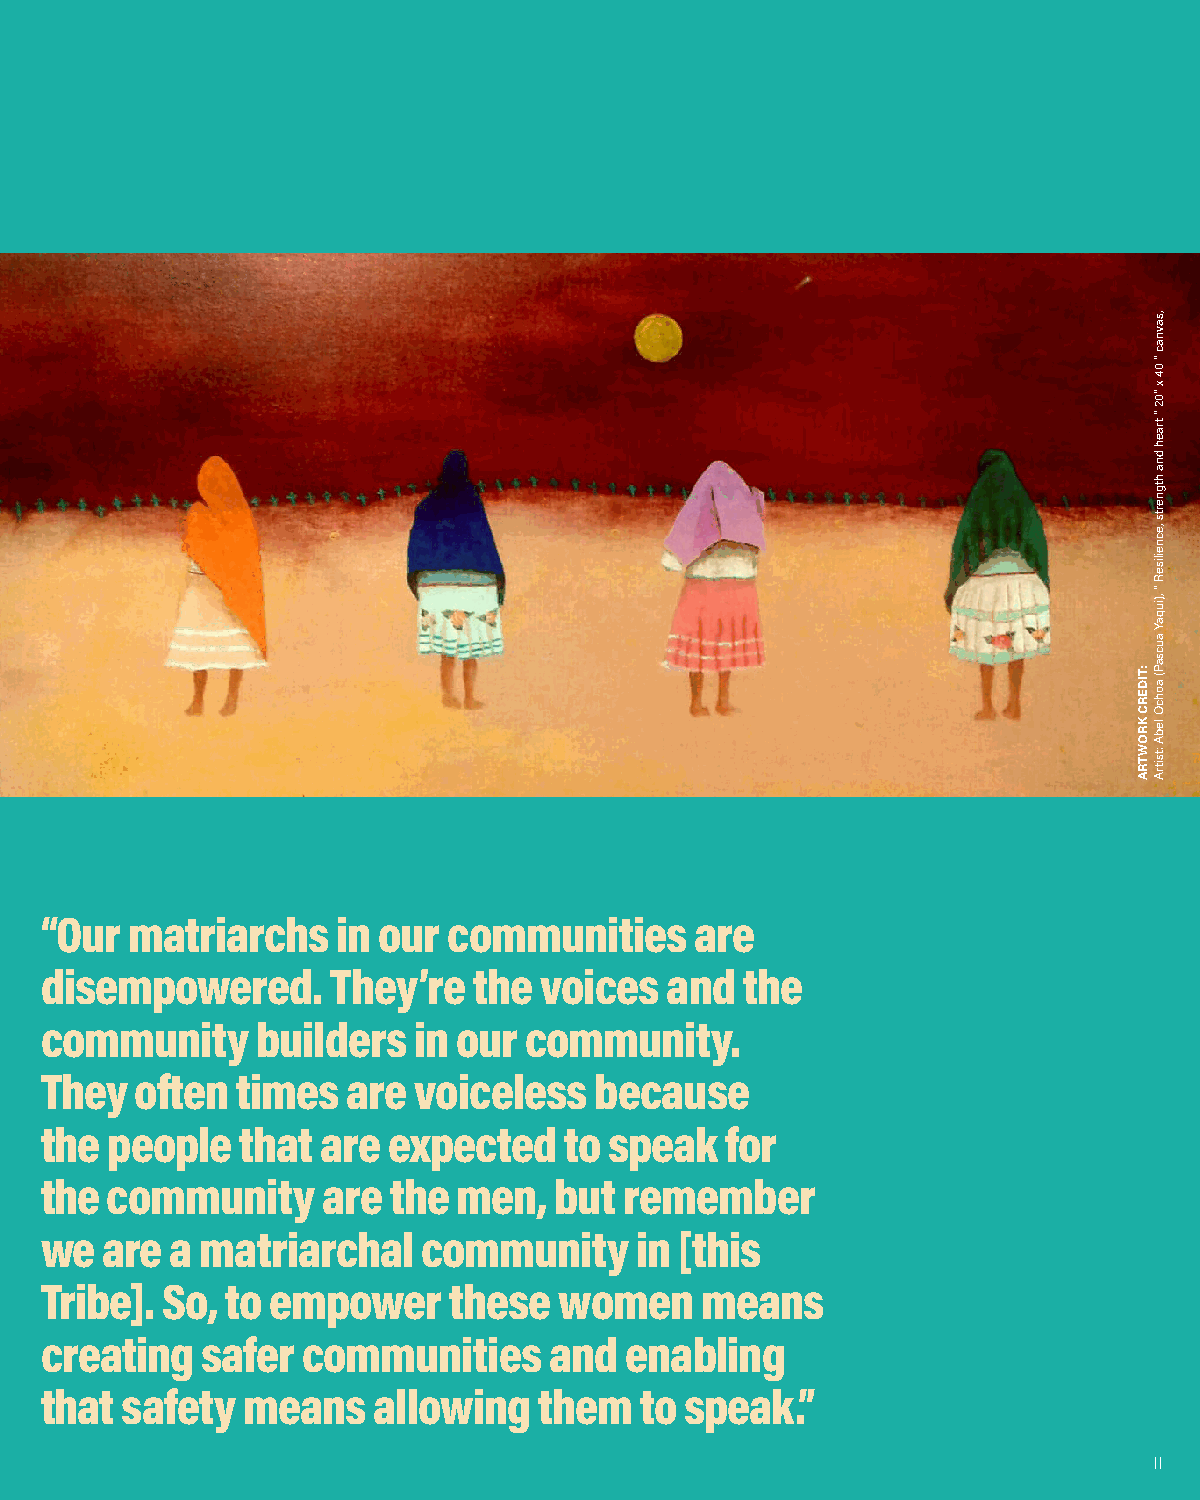
“Our matriarchs    in our  communities     are
 disempowered.      They’re  the  voices  and  the
 community     builders  in our  community.
 They  often  times  are voiceless   because
 the people   that are  expected   to speak   for
 the community     are  the men,   but remember
 we  are a matriarchal    community     in [this
 Tribe]. So, to empower     these  women    means
 creating  safer  communities     and  enabling
 that safety  means    allowing   them  to speak.”
 II
 :TIDERC
 KROWTRA
 ,savnac
 “
 04
 x
 ”02
 “
 traeh
 dna
 htgnerts
 ,ecneiliseR
 “
 ,)iuqaY
 aucsaP(
 aohcO
 lebA
 :tsitrA